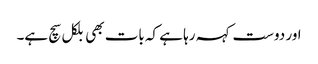
اور دوست کہہ رہا ہے کہ بات بھی بلکل سچ ہے۔